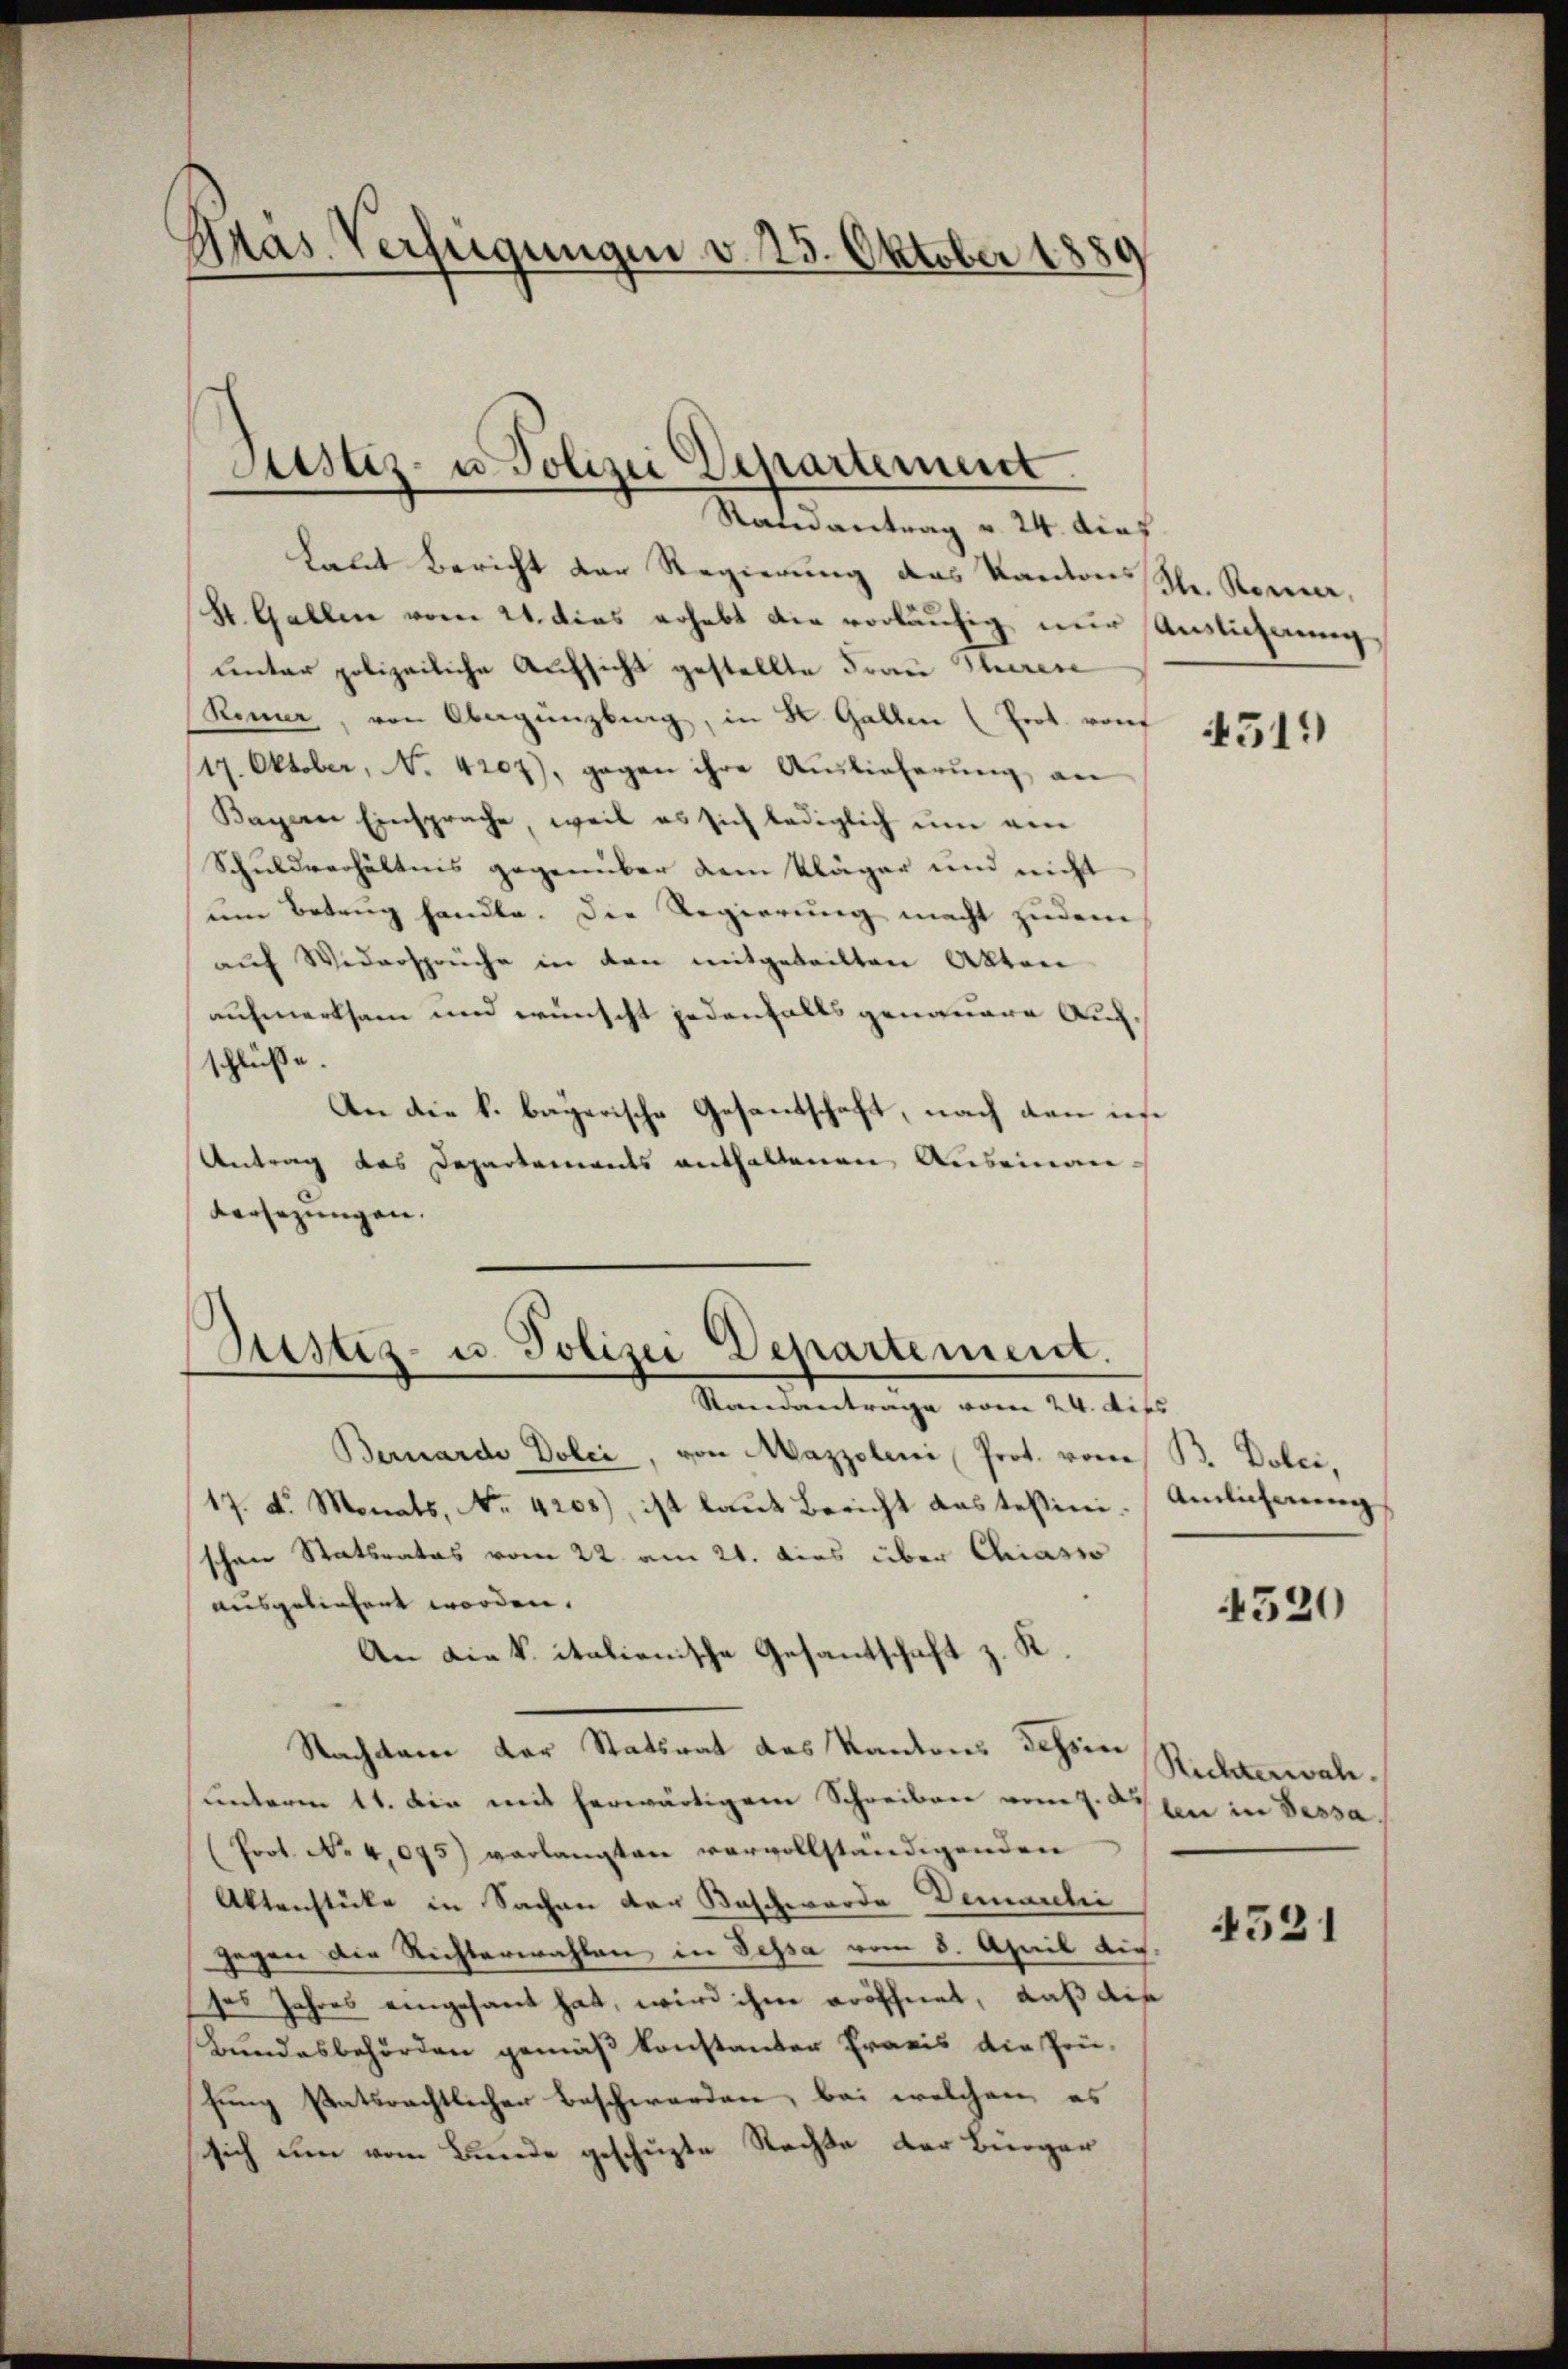
Mas Verfügungen v. 25. Oktober 1889

Jusaz- u. Polizei Departement

Justiz- u. Polizei Departement.
Standantrage vom 24. Dies

Randantrag v. 24. dief
Laut Bericht der Regierung des Kantonsschr. Rom,
St. Gallen vom 21. dies erhebt die vorläufig nur Auslichnung,
unter polizeiliche Aufsicht gestellte Frau Theren
Renner, von Obergenzberg, in K. Gallen (Prot. von
(17. Oktober, No. 4207), gegen ihre Auslieferŭng an
Bayern Einsprache, weil es sich lediglich ŭm am
Schuldverhältnis gegenüber dem Kläger und nicht
um Betrag handle. Die Regierung macht zudem
aŭf Widersprüche in den mitgeteilten Akten
aufmerksam und wünscht jedenfalls genauere Aufschlüße.
An die k. bayerische Gesantschaft, nach den ins
Antrag das Departements enthaltenen Auseinau
Versezungen.
Bernardo Dolei, von Mazzolini Prot. vom B. Dolci,
17. d. Monats, No. 4208), ist laut Bericht das tessini. Amlicherung
schen Statsrates vom 22. am 21. dies über Chiasso
ausgeliefert worden.
An die k. italienische Gesantschaft z. K.
Nachdem der Statsrat des Kantons Tessin Richterwalunteren 11. die mit herwärtigem Schreiben vom 7. den in Passa¬
(Prot. No 4,075) verlangten vervollständigenden
Aktenstücke in Sachen der Beschwerde Demarkei
gegen die Richterwahlen in Tessa vom 8. April dig.
ses Jahres eingesant hat, wird ihre eröffnet, daß die
Bundesbehörden gemäß konstanter Praxis die Zeu-
hung statsrechtlicher Beschwerden, bei welchen, es
sich um vom Bunde geschüzte Nachte der Bürger

4519)

4520

4521